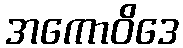
အကောဝိဒေ